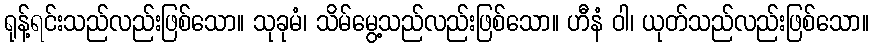
ရုန့်ရင်းသည်လည်းဖြစ်သော။ သုခုမံ၊ သိမ်မွေ့သည်လည်းဖြစ်သော။ ဟီနံ ဝါ၊ ယုတ်သည်လည်းဖြစ်သော။